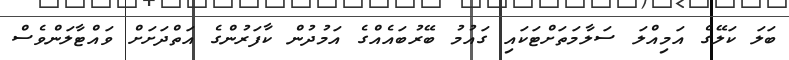
ބަލަ ކަލޭގެ އަމިއްލަ ސަލާމަތަށްޓަކައި ގައުމު ބޭރުބައެއްގެ އަމުދުން ކާފަރުންގެ އަތްދަށަށް ވައްޓާލަންވެސް